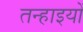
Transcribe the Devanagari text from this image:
तन्हाइयों